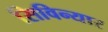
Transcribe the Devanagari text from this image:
सिविन्यार